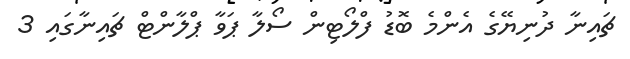
ޗައިނާ ދުނިޔޭގެ އެންމެ ބޮޑު ފްލޯޓިން ސޯލާ ޕަވާ ޕްލާންޓް ޗައިނާގައި 3